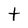
Character: t